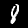
Label: 8